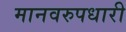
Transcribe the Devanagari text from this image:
मानवरुपधारी